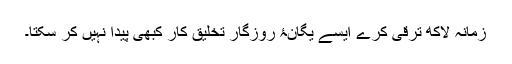
زمانہ لاکھ ترقی کرے ایسے یگانۂ روزگار تخلیق کار کبھی پیدا نہیں کر سکتا۔